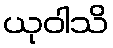
ယုဝါသိ